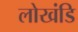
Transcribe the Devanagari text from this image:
लोखंडि